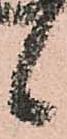
候